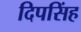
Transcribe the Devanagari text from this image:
दिपसिंह